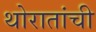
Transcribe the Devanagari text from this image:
थोरातांची